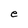
Character: e